Punjab Mental Hospital Lahore 1922-31 - 1922-1931
Year: 1922
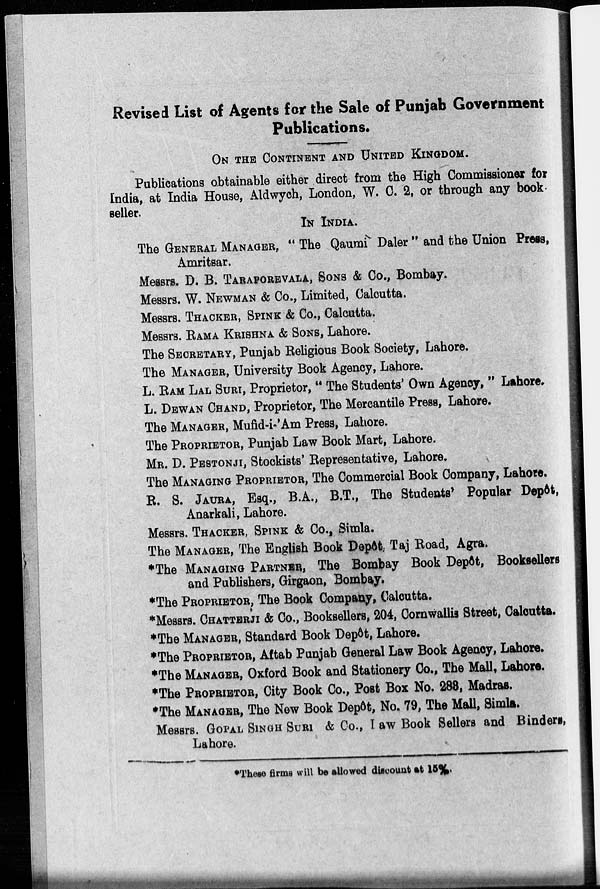
Revised List of Agents for the Sale of Punjab Government
Publications.
ON THE CONTINENT AND UNITED KINGDOM.
Publications obtainable either direct from the High Commissioner for
India, at India House, Aldwych, London, W. C. 2, or through any book
seller.
IN INDIA.
The GENERAL MANAGER, " The Qaumi Daler " and the Union Press,
Amritsar.
Messrs. D. B. TARAPORVALA, SONS & Co., Bombay.
Messrs. W. NEWMAN & Co., Limited, Calcutta.
Messrs. THACKER, SPINK & Co., Calcutta.
Messrs. RAMA KRISHNA & SONS, Lahore.
The SECRETARY, Punjab Religious Book Society, Lahore.
The MANAGER, University Book Agency, Lahore.
L. RAM LAL SURI, Proprietor, " The Students' Own Agency, " Lahore.
L. DEWAN CHAND, Proprietor, The Mercantile Press, Lahore.
The MANAGER, Mufid-i-'Am Press, Lahore.
The PROPRIETOR, Punjab Law Book Mart, Lahore.
MR. D. PESTONJI, Stockists' Representative, Lahore.
The MANAGING PROPRIETOR, The Commercial Book Company, Lahore.
R. S. JAURA, Esq., B.A., B.T., The Students' Popular Depôt,
Anarkali, Lahore.
Messrs. THACKER, SPINK & Co., Simla.
The MANAGER, The English Book Depôt. Taj Road, Agra.
*The MANAGING PARTNER, The Bombay Book Depôt, Booksellers
and Publishers, Girgaon, Bombay.
*The PROPRIETOR, The Book Company, Calcutta.
*Messrs. CHATTERJI & Co., Booksellers, 204, Cornwallis Street, Calcutta.
*The MANAGER, Standard Book Depôt, Lahore.
*The PROPRIETOR, Aftab Punjab General Law Book Agency, Lahore.
*The MANAGER, Oxford Book and Stationery Co., The Mall, Lahore.
*The PROPRIETOR, City Book Co., Post Box No. 283, Madras.
*The MANAGER, The New Book Depôt, No. 79, The Mall, Simla.
Messrs. GOPAL SINGH SURI & Co., I aw Book Sellers and Binders,
Lahore.
*These firms will be allowed discount at 15%.